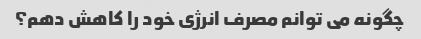
چگونه می توانم مصرف انرژی خود را کاهش دهم؟